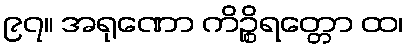
၉၇။ အရုဏော ကိဉ္စိရတ္တော ထ၊